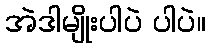
အဲဒါမျိုးပါပဲ ပါပဲ။